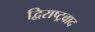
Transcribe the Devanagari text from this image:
द्विराष्ट्रवाद